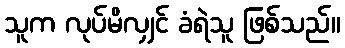
သူက လုပ်မိလျှင် ခံရဲသူ ဖြစ်သည်။